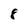
Character: 8